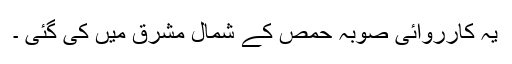
یہ کارروائی صوبہ حمص کے شمال مشرق میں کی گئی ۔